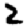
Digit: 2